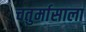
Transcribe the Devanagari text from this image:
चतुर्मासाला